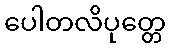
ပေါတလိပုတ္တေ